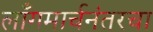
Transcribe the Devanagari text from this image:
लाँगमार्चनंतरचा